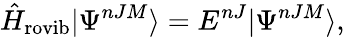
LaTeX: \hat{H}_{\mathrm{rovib}}\vert\Psi^{nJM}\rangle=E^{nJ}\vert\Psi^{nJM}\rangle,